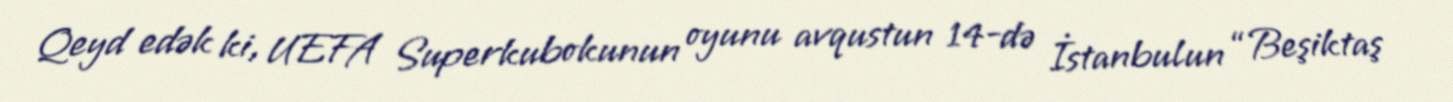
Qeyd edək ki, UEFA Superkubokunun oyunu avqustun 14-də İstanbulun “Beşiktaş